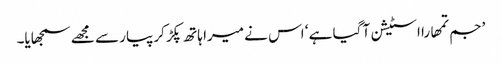
’جم تمھارا اسٹیشن آ گیا ہے ‘ اس نے میرا ہاتھ پکڑ کر پیار سے مجھے سمجھایا۔